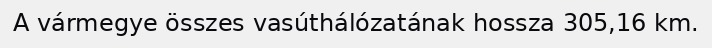
A vármegye összes vasúthálózatának hossza 305,16 km.